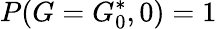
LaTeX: P(G=G_{0}^{*},0)=1